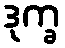
ဒုက္ခ